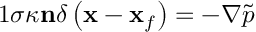
\begin{array} { r } { { 1 } \sigma \kappa \mathbf { n } \delta \left( \mathbf { x } - \mathbf { x } _ { f } \right) = - \nabla \tilde { p } } \end{array}